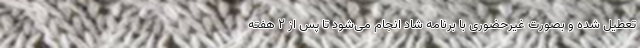
تعطیل شده و بصورت غیرحضوری با برنامه شاد انجام می‌شود تا پس از ۲ هفته